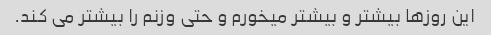
این روزها بیشتر و بیشتر میخورم و حتی وزنم را بیشتر می کند.